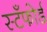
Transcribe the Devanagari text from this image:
स्टँफोर्ड